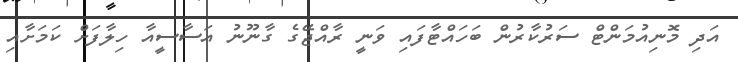
އަދި މޮނިއުމަންޓް ސަރުކާރުން ބަހައްޓާފައި ވަނީ ރާއްޖޭގެ ގާނޫނު އަސާސީއާ ހިލާފަށް ކަމަށާއި